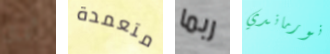
أقال متعمدة ربما نورماندي